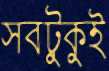
সবটুকুই